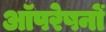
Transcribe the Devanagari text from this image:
आॅपरेषनों